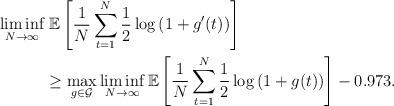
LaTeX: \begin{align*}\liminf_{N \to \infty}&\; \mathbb{E} \left[ \frac{1}{N} \displaystyle\sum\limits_{t = 1}^N \frac{1}{2} \log\left( 1 + g^\prime(t)\right) \right] \\ & \ge \max_{g \in \mathcal{G}} \liminf_{N \to \infty} \mathbb{E} \left[ \frac{1}{N} \displaystyle\sum\limits_{t = 1}^N \frac{1}{2} \log\left( 1 + g( t)\right) \right] - 0.973. \end{align*}